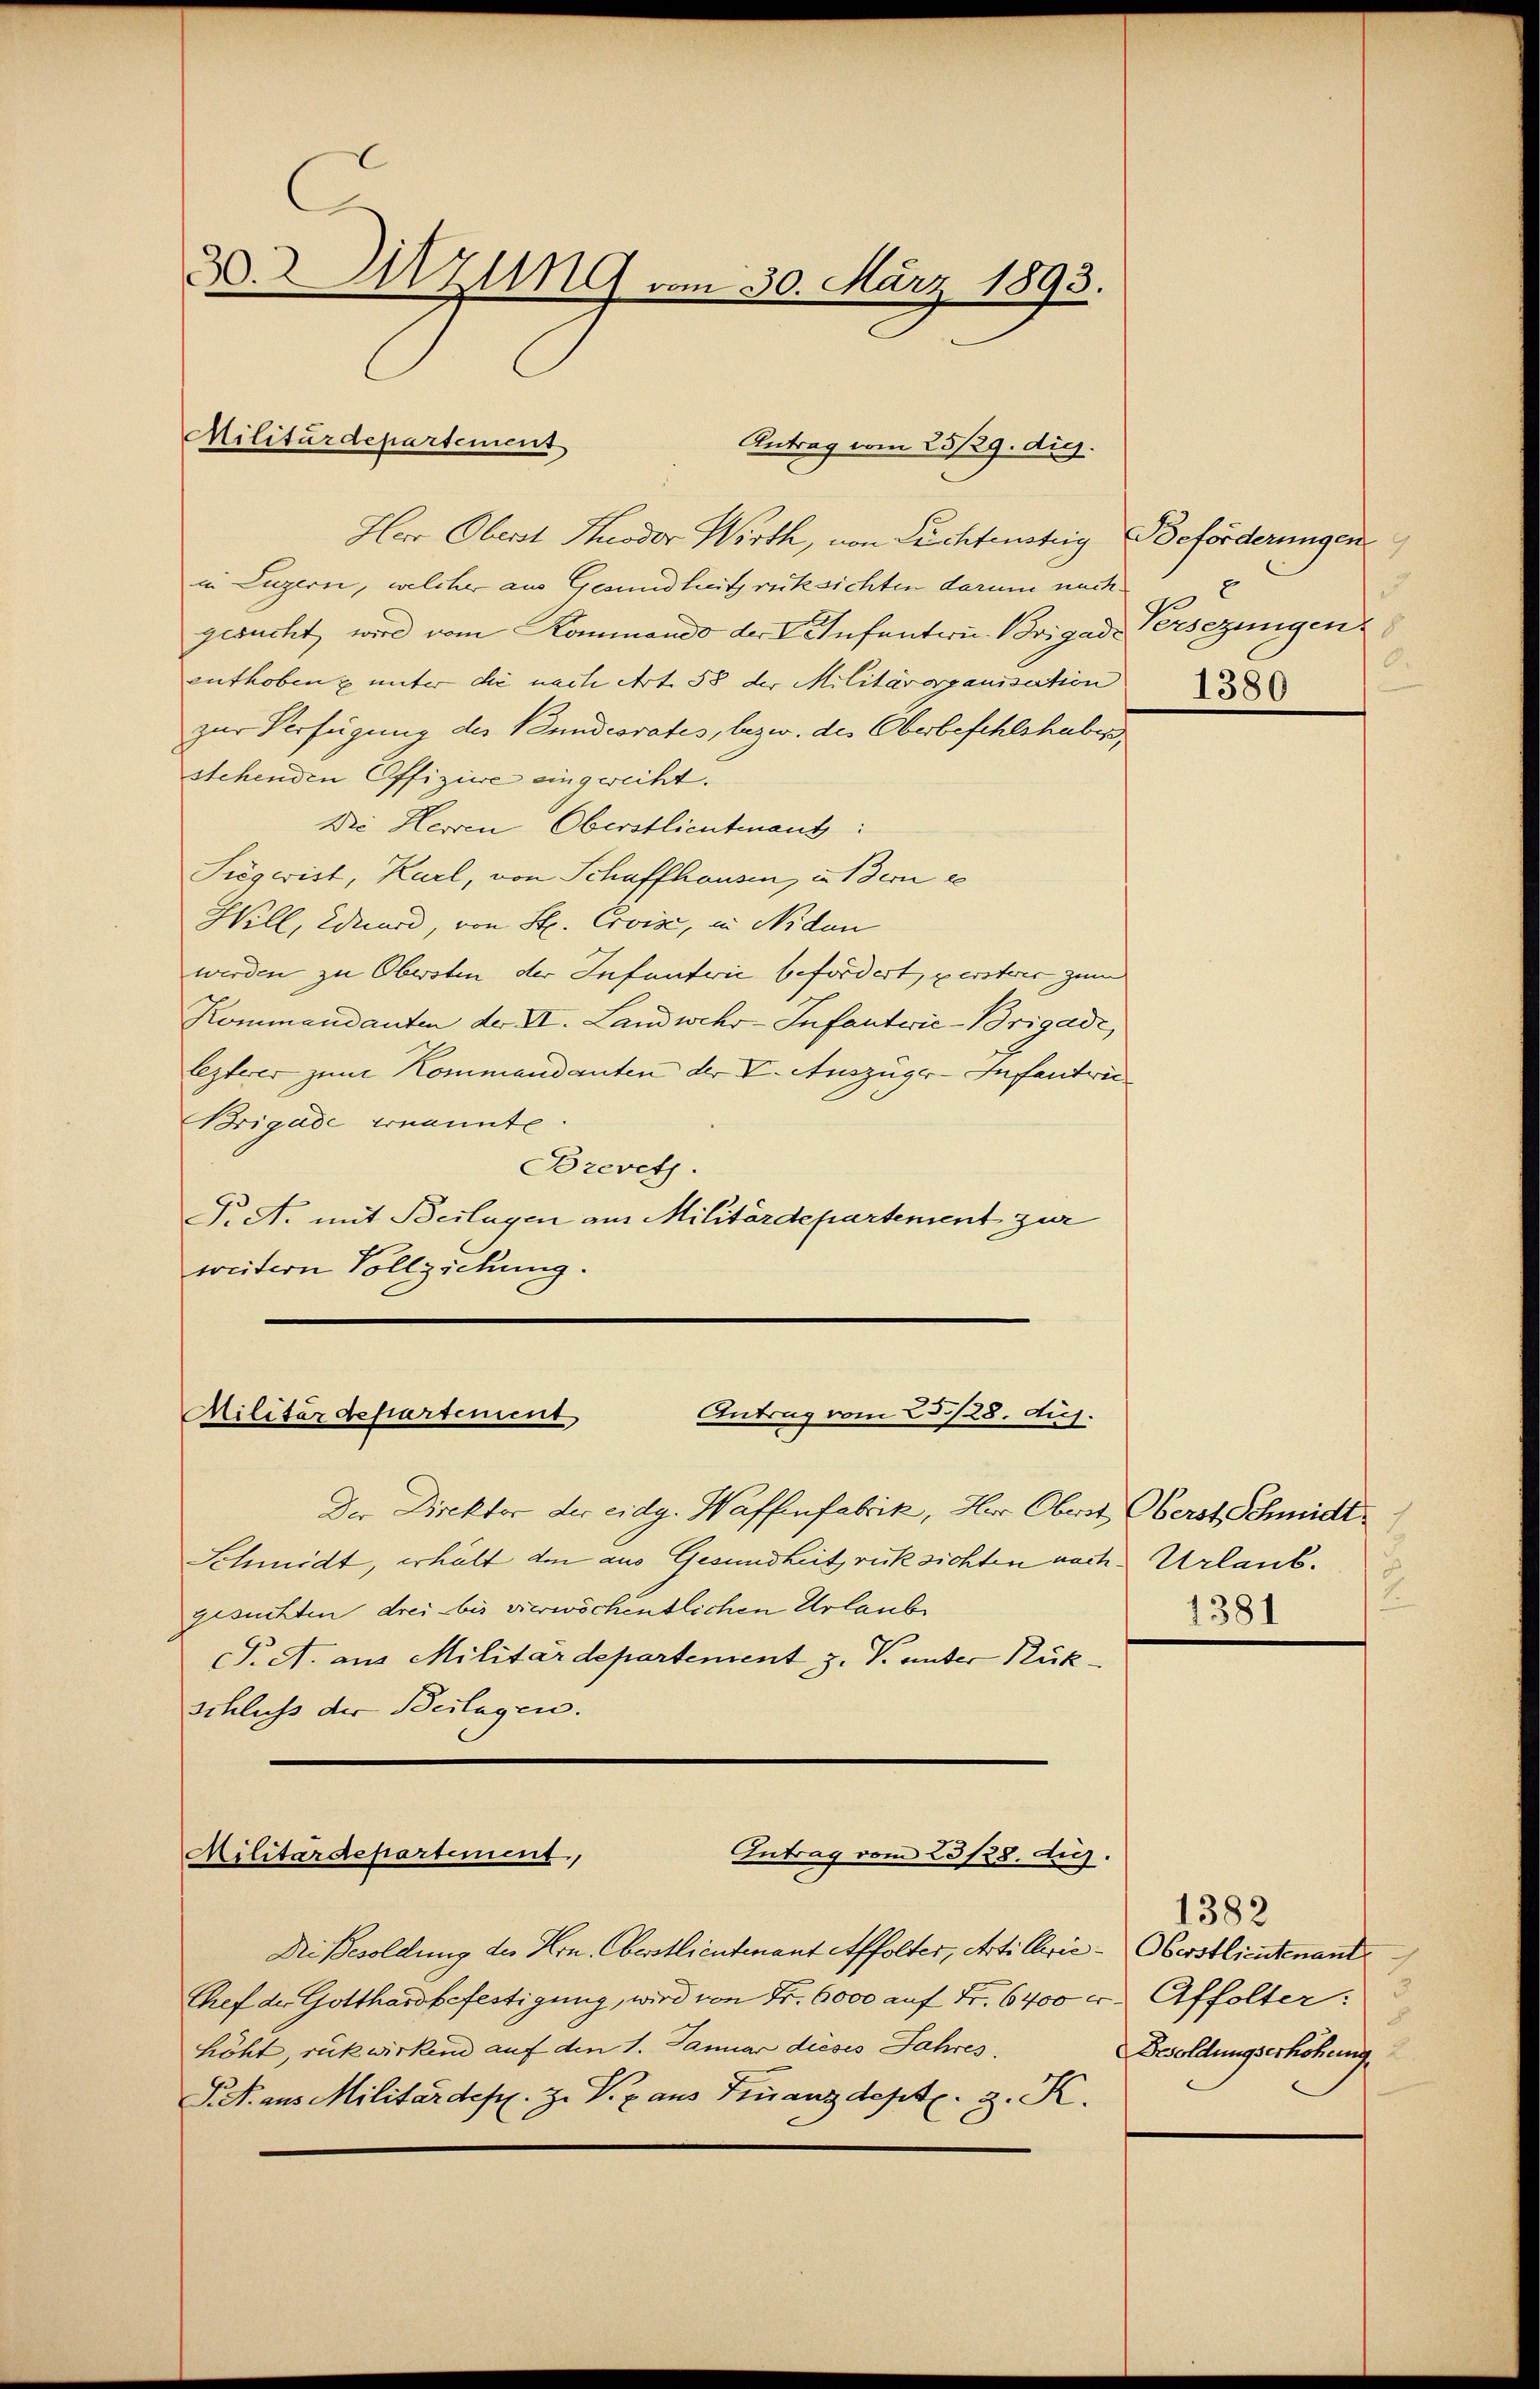
2. Zug vom 30. März 1893.

Militärdepartement

Antrag vom 25/29. dig.

Herr Oberst Theodor Wirth, von Suchtenstig Beförderungen
in Luzern, welcher aus Gesundheitsrücksichten darum nachgesucht, wird vom Kommando der I. Infanteu. Brigade Versezungen
enthoben & unter die nach Art. 58 der Militärorganisation
zur Verfügung der Bundesrates, bezw. des Oberbefehlshaben
stehenden Offiziere eingereiht.
Die Herren Oberstlieutenans
Siegeist, Karl, von Schaffhausen, in Bern e
Will, Wund, von St. Crvise, in Niden
werden zu Obersten der Infanterie befördert, perster zum
Kommandanten der VII. Landwehr-Infanteie-Brigade,
lezterer zum Kommandanten der V. Auszüger-Infantrei¬
Brigade ernannte
Brevet.
T. A. mit Beilagen aus Militärdepartement zur
weitern Vollziehung.

Antrag vom 23./28. Auj.
Militärdepartement

Der Direktor der eidg. Waffenfabrik, Herr Obert Oberst Schmidt
Schmidt, erhält den aus Gesundheit rücksichten nach Urlaub.
gesuchten drei bis vierwöchentlichen Urlaube
T. A. aus Militärdepartement J. P. unter Rükschluss der Beilagen.

Intrag vom 23/28. Aug.
Militärdepartement,

Die Besoldung des Hrn. Oberstlieutenant Affolter, Arti Chrić - Oberstlieutenant
Chef der Gotthardbefestigung, wird von Fr. 6000 auf Fr. 6400 r. Affolter:
höht, rükwirkend auf den 1. Januar dieses Jahres.
P. A. aus Militärdepl. Z. V. Z. aus Finanzdept. 3. K.

3
2
d.
1380

1.
1381

1382
3
d
Besoldungserhöhung